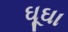
ઘૂઘા